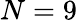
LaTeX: N=9